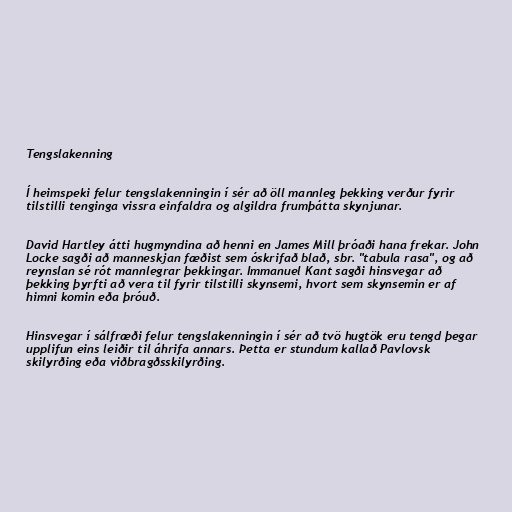
Tengslakenning

Í heimspeki felur tengslakenningin í sér að öll mannleg þekking verður fyrir
tilstilli tenginga vissra einfaldra og algildra frumþátta skynjunar.

David Hartley átti hugmyndina að henni en James Mill þróaði hana frekar. John
Locke sagði að manneskjan fæðist sem óskrifað blað, sbr. "tabula rasa", og að
reynslan sé rót mannlegrar þekkingar. Immanuel Kant sagði hinsvegar að
þekking þyrfti að vera til fyrir tilstilli skynsemi, hvort sem skynsemin er af
himni komin eða þróuð.

Hinsvegar í sálfræði felur tengslakenningin í sér að tvö hugtök eru tengd þegar
upplifun eins leiðir til áhrifa annars. Þetta er stundum kallað Pavlovsk
skilyrðing eða viðbragðsskilyrðing.